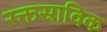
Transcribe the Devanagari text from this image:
रक्तस्राविक